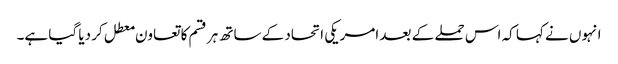
انہوں نے کہا کہ اس حملے کے بعد امریکی اتحاد کے ساتھ ہر قسم کا تعاون معطل کر دیا گیا ہے۔